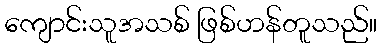
ကျောင်းသူအသစ် ဖြစ်ဟန်တူသည်။